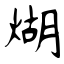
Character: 煳